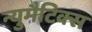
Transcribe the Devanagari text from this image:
न्युमैटिक्स